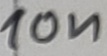
Text: 10n